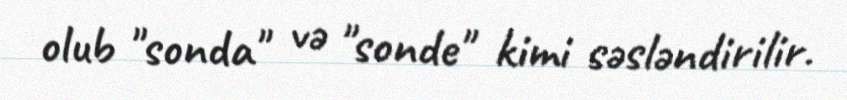
olub "sonda" və "sonde" kimi səsləndirilir.